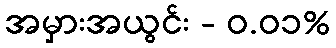
အမှားအယွင်း - ၀.၀၁%